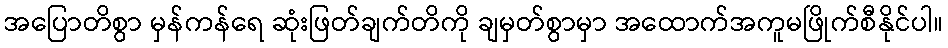
အပြောတိစွာ မှန်ကန်ရေ ဆုံးဖြတ်ချက်တိကို ချမှတ်စွာမှာ အထောက်အကူမဖြိုက်စီနိုင်ပါ။